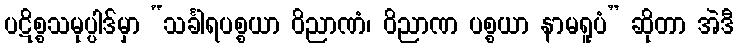
ပဋိစ္စသမုပ္ပါဒ်မှာ “သင်္ခါရပစ္စယာ ဝိညာဏံ၊ ဝိညာဏ ပစ္စယာ နာမရူပံ” ဆိုတာ အဲဒီ